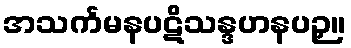
အသင်္ကမနပဋိသန္ဒဟနပဉှ။